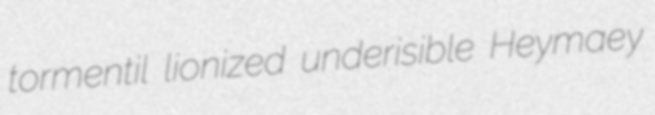
tormentil lionized underisible Heymaey